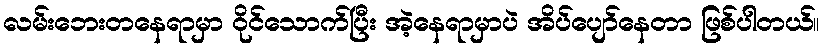
လမ်းဘေးတနေရာမှာ ဝိုင်သောက်ပြီး အဲ့နေရာမှာပဲ အိပ်ပျော်နေတာ ဖြစ်ပါတယ်။